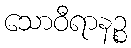
သောဝီရာနဉ္စ